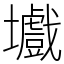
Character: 㚀